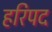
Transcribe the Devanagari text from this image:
हरिपद